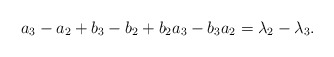
\begin{align*} a_3-a_2+b_3-b_2+b_2a_3-b_3a_2=\lambda_2-\lambda_3. \end{align*}